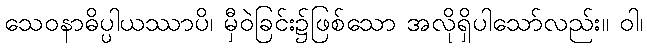
သေဝနာဓိပ္ပါယဿာပိ၊ မှီဝဲခြင်း၌ဖြစ်သော အလိုရှိပါသော်လည်း။ ဝါ၊